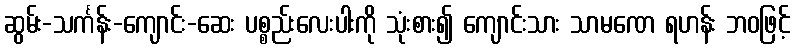
ဆွမ်း-သင်္ကန်း-ကျောင်း-ဆေး ပစ္စည်းလေးပါးကို သုံးစား၍ ကျောင်းသား သာမဏေ ရဟန်း ဘဝဖြင့်